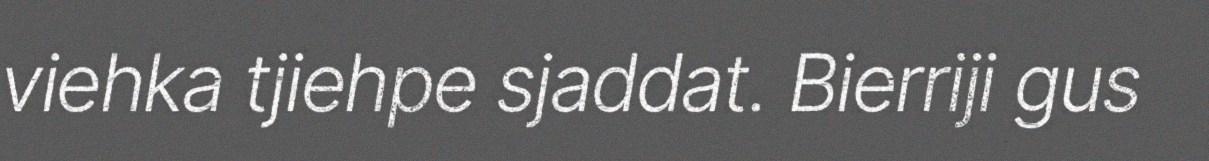
viehka tjiehpe sjaddat. Bierriji gus